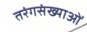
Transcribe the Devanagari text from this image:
तरंगसंख्याओं